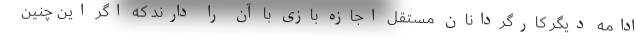
ادامه دیگر کارگردانان مستقل اجازه بازی با آن را دارند که اگر این چنین